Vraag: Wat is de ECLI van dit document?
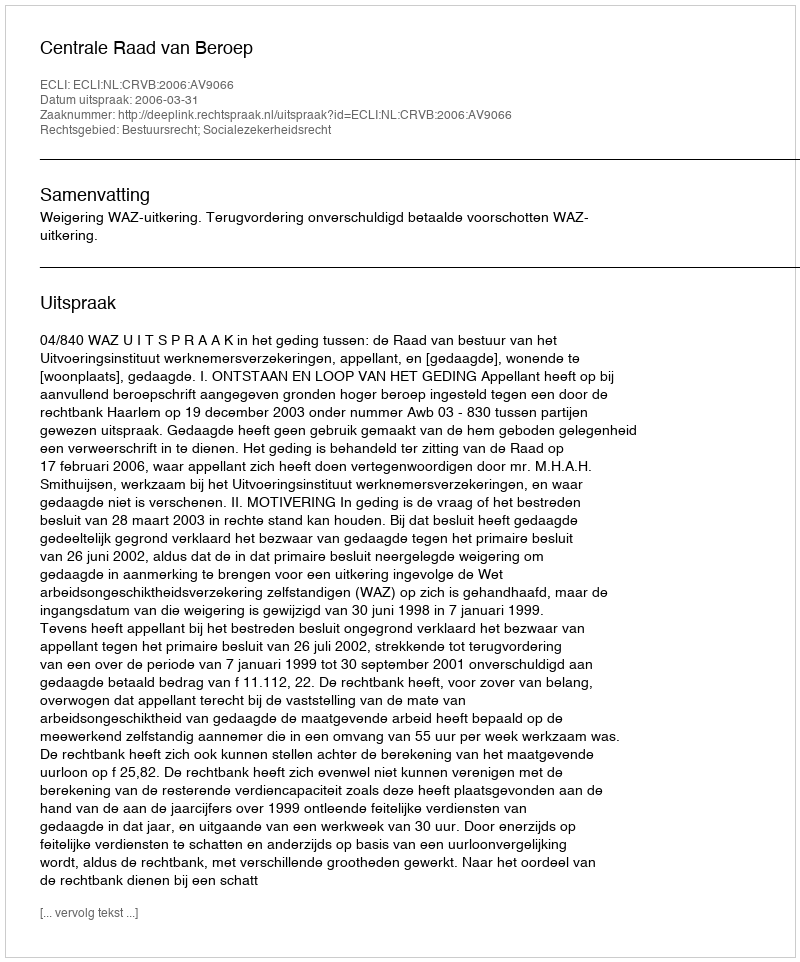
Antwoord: ECLI:NL:CRVB:2006:AV9066